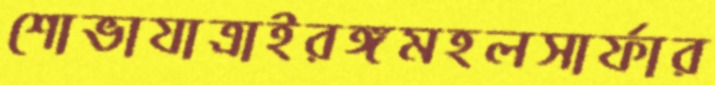
শোভাযাত্রাইরঙ্গমহলসার্ফার